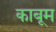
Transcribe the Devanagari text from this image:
काबूम